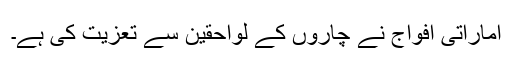
اماراتی افواج نے چاروں کے لواحقین سے تعزیت کی ہے۔